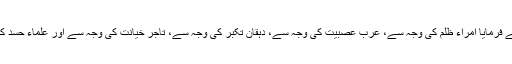
رسول اللہ نے فرمایا امراء ظلم کی وجہ سے، عرب عصبیت کی وجہ سے، دہقان تکبر کی وجہ سے، تاجر خیانت کی وجہ سے اور علماء حسد کی وجہ سے۔